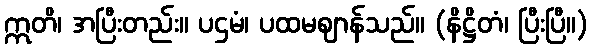
ဣတိ၊ အပြီးတည်း။ ပဌမံ၊ ပထမဈာန်သည်။ (နိဋ္ဌိတံ၊ ပြီးပြီ။)